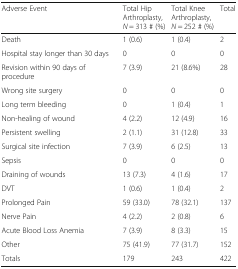
| Adverse Event | Total Hip Arthroplasty, N = 313 # (%) | Total Knee Arthroplasty, N = 252 # (%) | Total |
 | --- | --- | --- | --- |
 | Death | 1 (0.6) | 1 (0.4) | 2 |
 | Hospital stay longer than 30 days | 0 | 0 | 0 |
 | Revision within 90 days of procedure | 7 (3.9) | 21 (8.6%) | 28 |
 | Wrong site surgery | 0 | 0 | 0 |
 | Long term bleeding | 0 | 1 (0.4) | 1 |
 | Non-healing of wound | 4 (2.2) | 12 (4.9) | 16 |
 | Persistent swelling | 2 (1.1) | 31 (12.8) | 33 |
 | Surgical site infection | 7 (3.9) | 6 (2.5) | 13 |
 | Sepsis | 0 | 0 | 0 |
 | Draining of wounds | 13 (7.3) | 4 (1.6) | 17 |
 | DVT | 1 (0.6) | 1 (0.4) | 2 |
 | Prolonged Pain | 59 (33.0) | 78 (32.1) | 137 |
 | Nerve Pain | 4 (2.2) | 2 (0.8) | 6 |
 | Acute Blood Loss Anemia | 7 (3.9) | 8 (3.3) | 15 |
 | Other | 75 (41.9) | 77 (31.7) | 152 |
 | Totals | 179 | 243 | 422 |